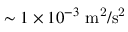
\sim 1 \times 1 0 ^ { - 3 } ~ \mathrm { { m ^ { 2 } / s ^ { 2 } } }